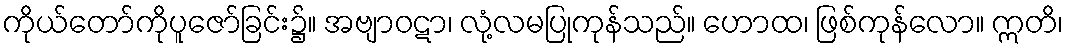
ကိုယ်တော်ကိုပူဇော်ခြင်း၌။ အဗျာဝဋာ၊ လုံ့လမပြုကုန်သည်။ ဟောထ၊ ဖြစ်ကုန်လော။ ဣတိ၊